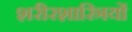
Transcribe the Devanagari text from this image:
शरीरशास्त्रियों